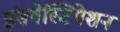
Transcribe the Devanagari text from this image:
इंसवेस्टिगेशन